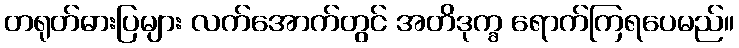
တရုတ်ဓားပြများ လက်အောက်တွင် အတိဒုက္ခ ရောက်ကြရပေမည်။